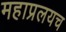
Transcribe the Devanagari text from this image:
महाप्रलयच